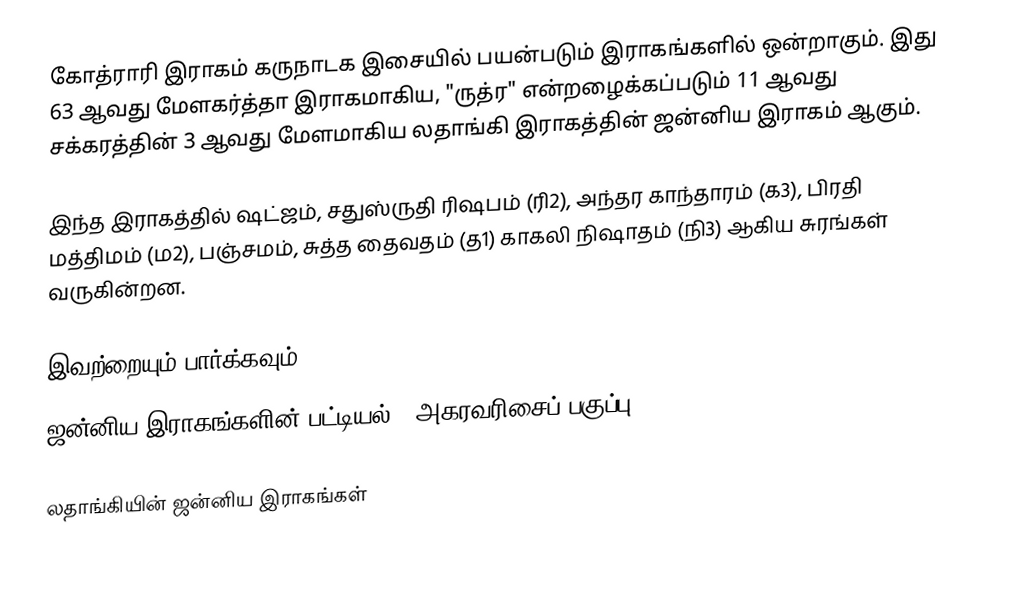
கோத்ராரி இராகம் கருநாடக இசையில் பயன்படும் இராகங்களில் ஒன்றாகும். இது 63 ஆவது மேளகர்த்தா இராகமாகிய, "ருத்ர" என்றழைக்கப்படும் 11 ஆவது சக்கரத்தின் 3 ஆவது மேளமாகிய லதாங்கி இராகத்தின் ஜன்னிய இராகம் ஆகும்.

இந்த இராகத்தில் ஷட்ஜம், சதுஸ்ருதி ரிஷபம் (ரி2),  அந்தர காந்தாரம் (க3), பிரதி மத்திமம் (ம2), பஞ்சமம்,  சுத்த தைவதம் (த1) காகலி நிஷாதம்  (நி3) ஆகிய சுரங்கள் வருகின்றன.

இவற்றையும் பார்க்கவும்
 ஜன்னிய இராகங்களின் பட்டியல் - அகரவரிசைப் பகுப்பு

லதாங்கியின் ஜன்னிய இராகங்கள்